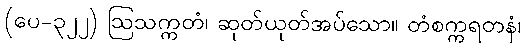
(ပေ-၃၂၂) ဩသက္ကတံ၊ ဆုတ်ယုတ်အပ်သော။ တံစက္ကရတနံ၊